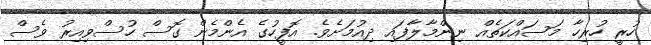
ހުރީ ހުރިހާ މަސައްކަތެއް ނިންމާލާފައި ދިއުމަށެވެ. އޮފީހުގެ އެންމެން ގޮސް ހުސްވިއިރު ވެސް